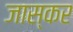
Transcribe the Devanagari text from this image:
जास्कर